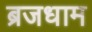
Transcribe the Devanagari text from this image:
ब्रजधाम